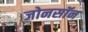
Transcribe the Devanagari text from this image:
जोनसॉन